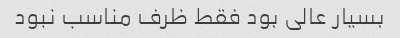
بسیار عالی بود فقط ظرف‌ مناسب نبود